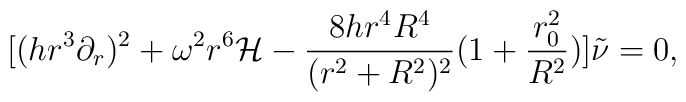
[(h r^3 \partial_{r})^2 + \omega^2 r^6 {\mathcal H} - \frac{8 h r^4  R^4}{(r^2 + R^2)^2} ( 1 + \frac{r_{0}^2}{R^2})] \tilde{\nu} = 0,